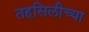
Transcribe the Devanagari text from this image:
तहसिलीच्या